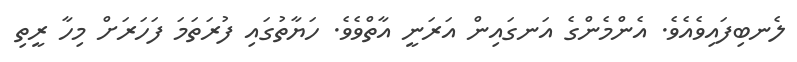
ލެނބިފައިވެއެވެ. އެންމެންގެ އަނގައިން އަރަނީ އާތްވެވެ. ހަޔާތުގައި ފުރަތަމަ ފަހަރަށް މިހާ ރީތި